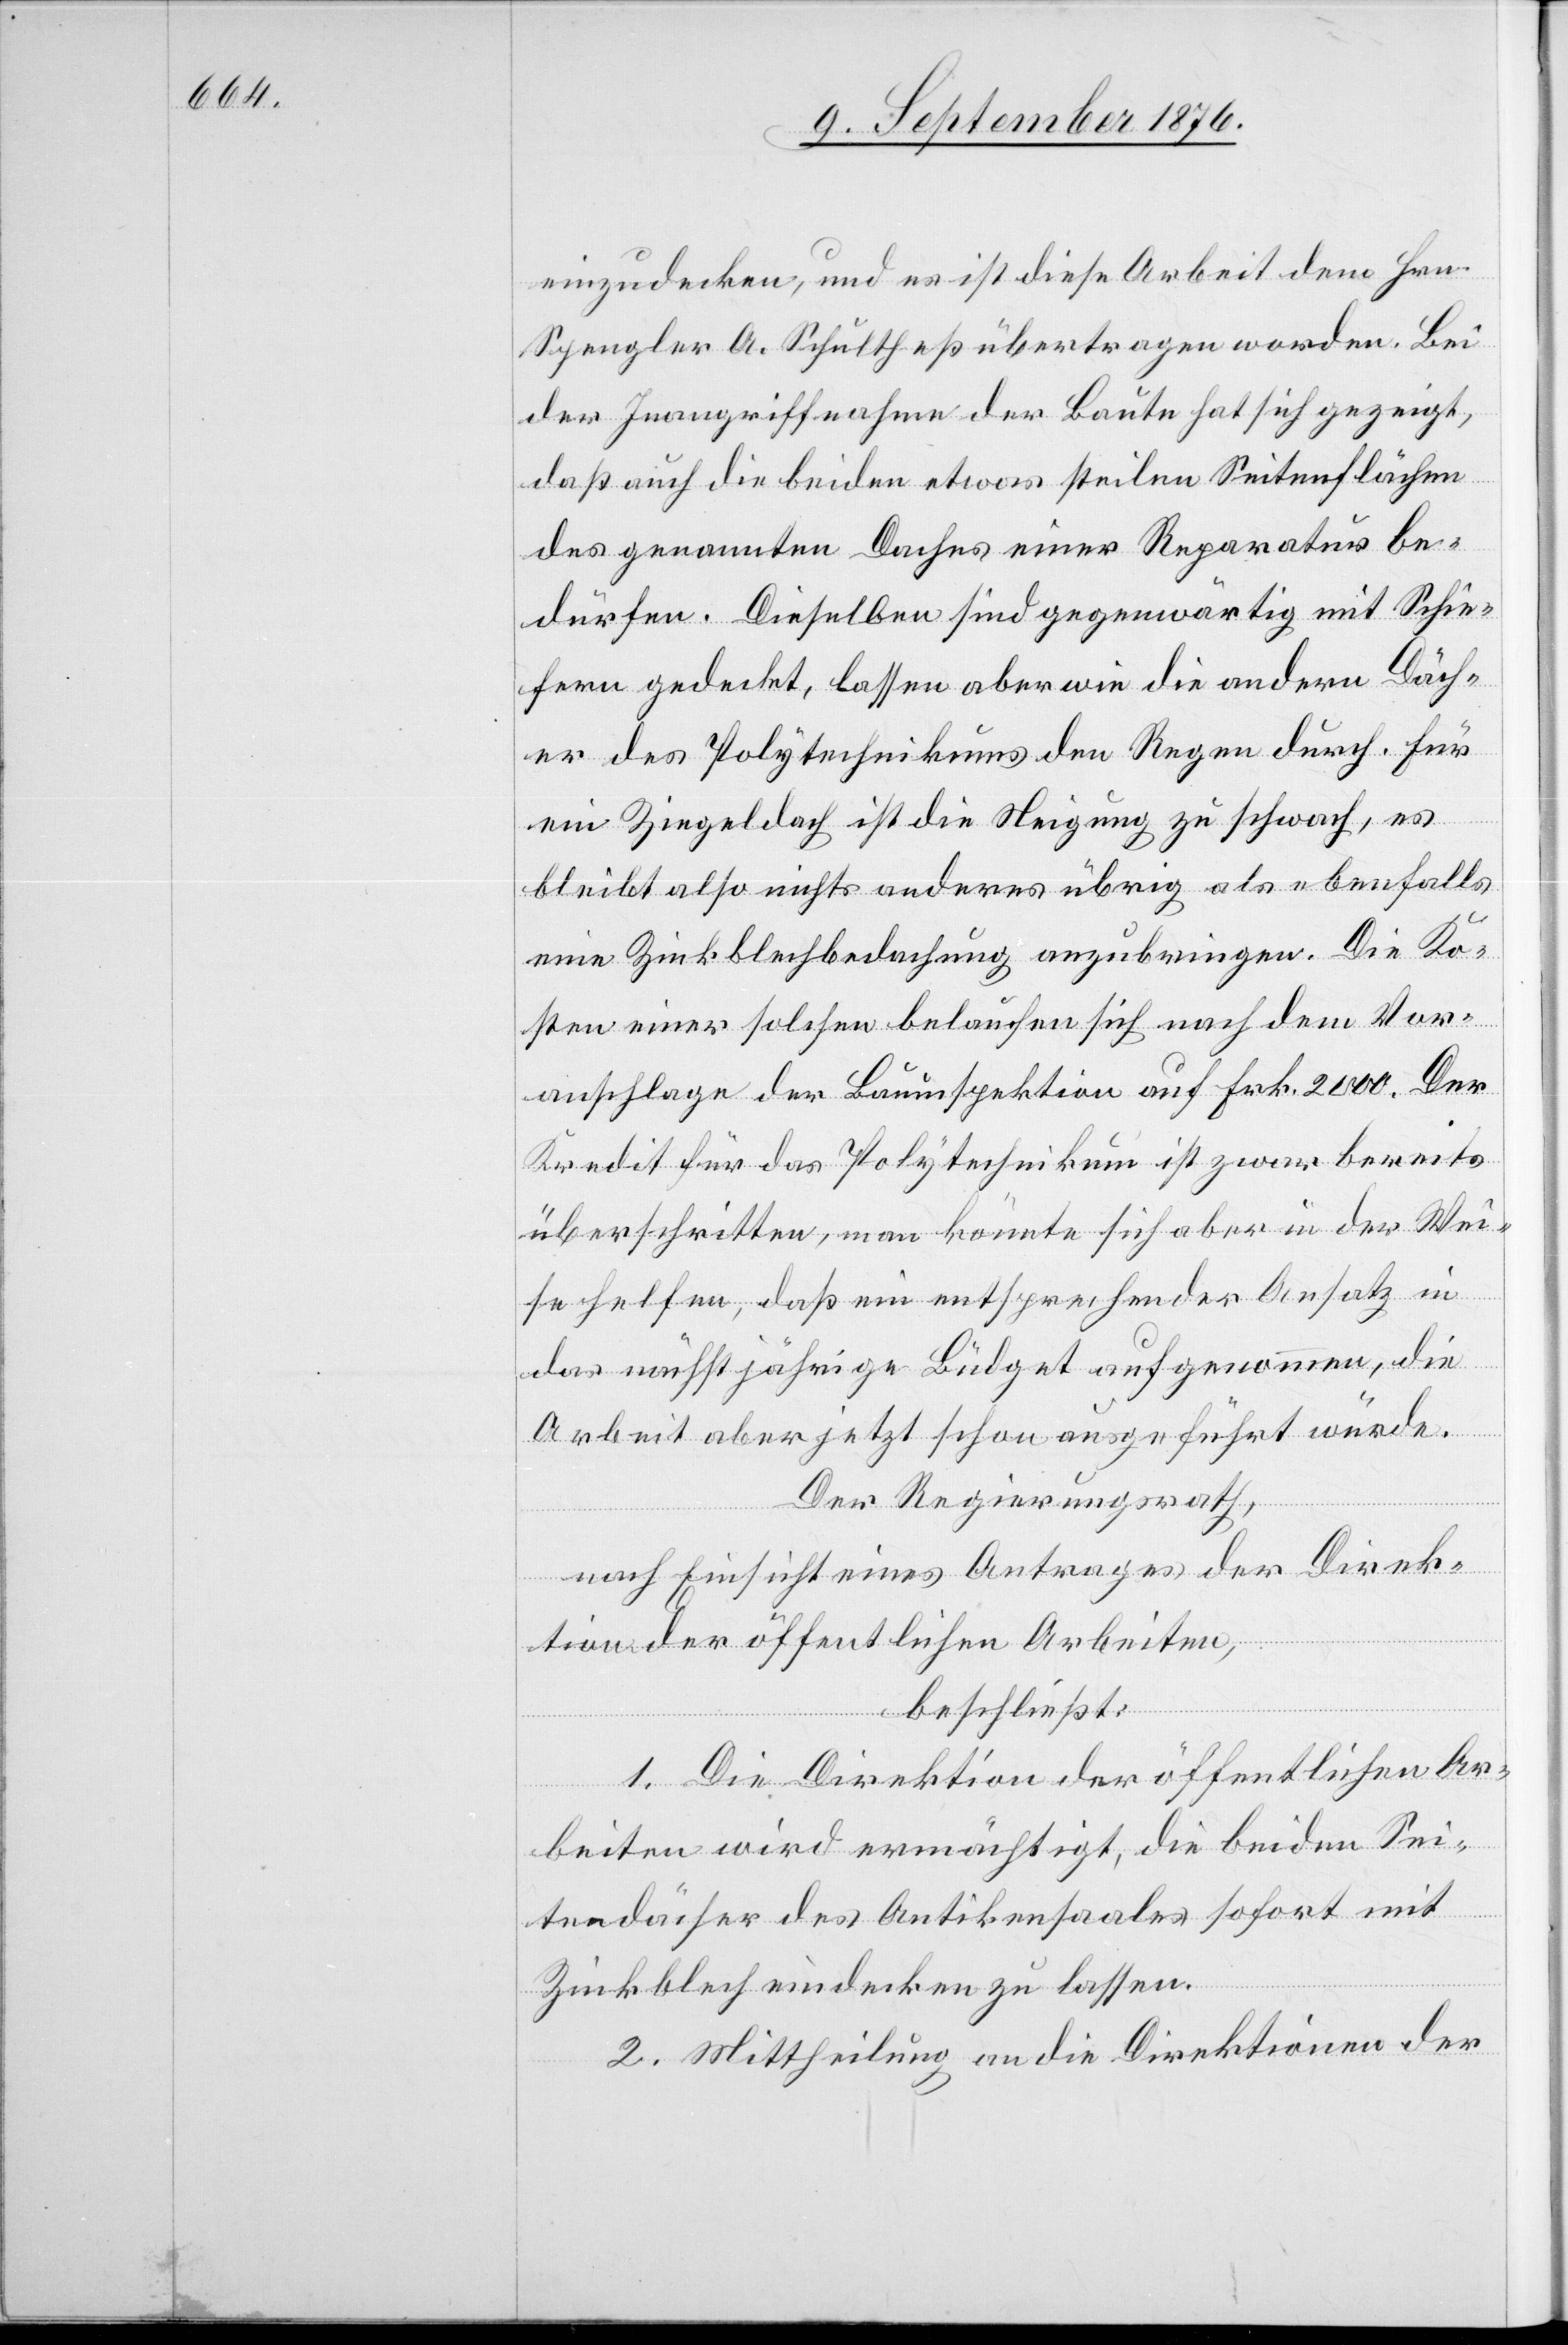
einzudecken, und es ist diese Arbeit dem Hrn.
Spengler A. Schultheß übertragen worden. Bei
der Inangriffnahme der Baute hat sich gezeigt,
daß auch die beiden etwas steilen Seitenflächen
des genannten Daches einer Reparatur be¬
dürfen. Dieselben sind gegenwärtig mit Schie¬
fern gedeckt, lassen aber wie die andern Däch¬
er des Polytechnikums den Regen durch. Für
ein Ziegeldach ist die Neigung zu schwach, es
bleibt also nichts anderes übrig als ebenfalls
eine Zinkblechbedachung anzubringen. Die Ko¬
sten einer solchen belaufen sich nach dem Vor¬
anschlage der Bauinspektion auf Frk. 2000. Der
Kredit für das Polytechnikum ist zwar bereits
überschritten, man könnte sich aber in der Wei¬
se helfen, daß ein entsprechender Ansatz in
das nächstjährige Büdget aufgenommen, die
Arbeit aber jetzt schon ausgeführt würde.
Der Regierungsrath,
nach Einsicht eines Antrages der Direk¬
tion der öffentlichen Arbeiten,
beschließt:
1. Die Direktion der öffentlichen Ar¬
beiten wird ermächtigt, die beiden Sei¬
tendächer des Antikensaales sofort mit
Zinkblech eindecken zu lassen.
2. Mittheilung an die Direktionen der